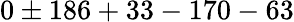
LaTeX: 0\pm 186+33-170-63